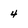
Character: 4